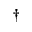
^ { \dagger }